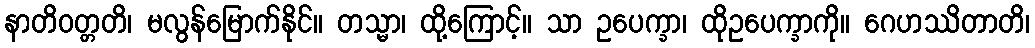
နာတိဝတ္တတိ၊ မလွန်မြောက်နိုင်။ တသ္မာ၊ ထို့ကြောင့်။ သာ ဥပေက္ခာ၊ ထိုဥပေက္ခာကို။ ဂေဟဿိတာတိ၊